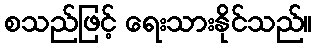
စသည်ဖြင့် ရေးသားနိုင်သည်။